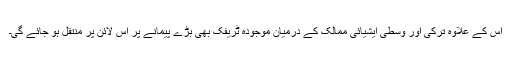
اس کے علاوہ ترکی اور وسطی ایشیائی ممالک کے درمیان موجودہ ٹریفک بھی بڑے پیمانے پر اس لائن پر منتقل ہو جائے گی۔